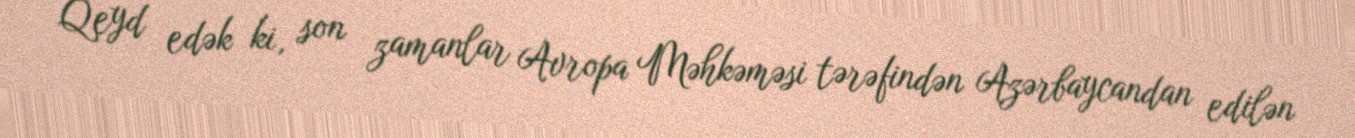
Qeyd edək ki, son zamanlar Avropa Məhkəməsi tərəfindən Azərbaycandan edilən